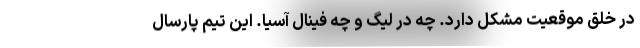
در خلق موقعیت مشکل دارد. چه در لیگ و چه فینال آسیا. این تیم پارسال